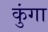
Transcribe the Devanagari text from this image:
कुंगा